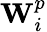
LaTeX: \textbf{W}_{i}^{p}